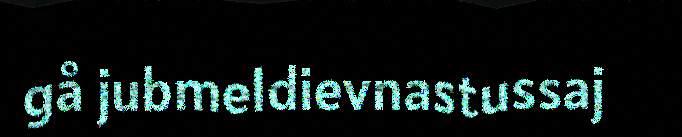
gå jubmeldievnastussaj